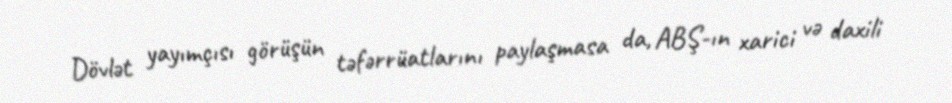
Dövlət yayımçısı görüşün təfərrüatlarını paylaşmasa da, ABŞ-ın xarici və daxili